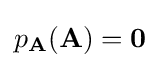
p_{\mathbf {A} }(\mathbf {A} )=\mathbf {0}